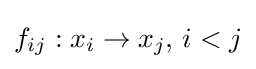
f_{ij}:x_{i}\to x_{j},\,i<j